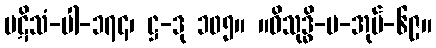
ပဋိသံ-ပါ-၁၇၄၊ ဋ္ဌ-ဒု ၁၀၅။ ။ဝိသုဒ္ဓိ-ပ-အုပ်-၆၉။